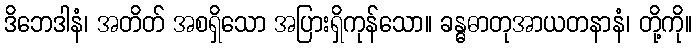
ဒိဘေဒါနံ၊ အတိတ် အစရှိသော အပြားရှိကုန်သော။ ခန္ဓဓာတုအာယတနာနံ၊ တို့ကို။